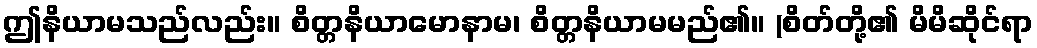
ဤနိယာမသည်လည်း။ စိတ္တနိယာမောနာမ၊ စိတ္တနိယာမမည်၏။ (စိတ်တို့၏ မိမိဆိုင်ရာ